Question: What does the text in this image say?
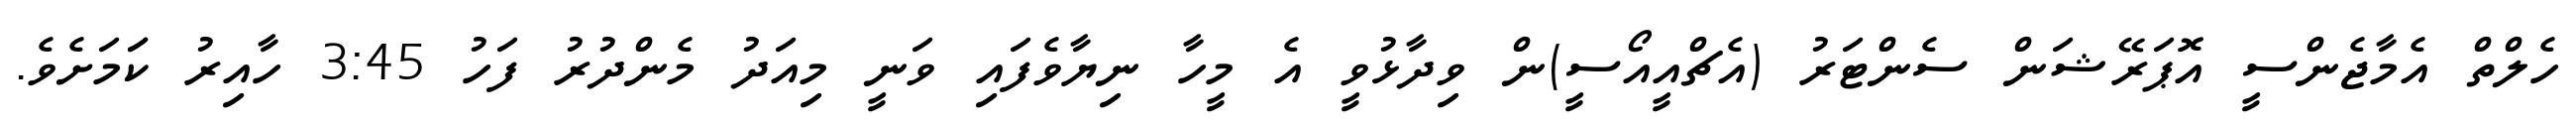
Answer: ހެލްތް އެމާޖެންސީ އޮޕަރޭޝަން ސެންޓަރު (އެޗްއީއޯސީ)ން ވިދާޅުވީ އެ މީހާ ނިޔާވެފައި ވަނީ މިއަދު މެންދުރު ފަހު 3:45 ހާއިރު ކަަމަށެވެ.